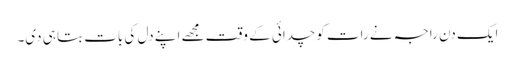
ایک دن راجہ نے رات کو چدائی کے وقت مجھے اپنے دل کی بات بتا ہی دی۔